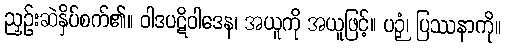
ညှဉ်းဆဲနှိပ်စက်၏။ ဝါဒပဋိဝါဒေန၊ အယူကို အယူဖြင့်။ ပဉှံ၊ ပြဿနာကို။